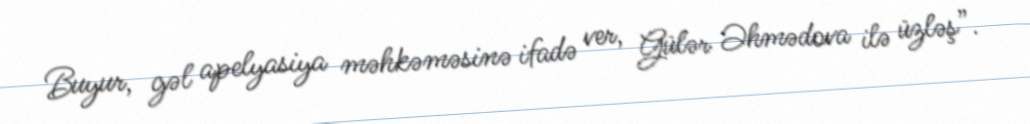
Buyur, gəl apelyasiya məhkəməsinə ifadə ver, Gülər Əhmədova ilə üzləş”.